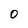
Character: 0